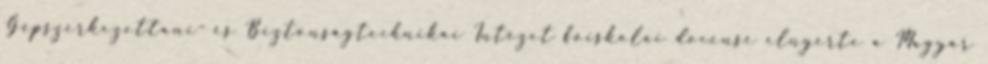
Gépszerkezettani- és Biztonságtechnikai Intézet fõiskolai docense elnyerte a Magyar